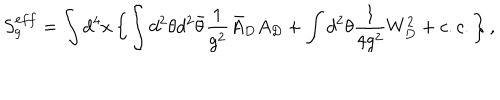
S _ { g } ^ { e f f } = \int d ^ { 4 } x \left\{ \int d ^ { 2 } \theta d ^ { 2 } \bar { \theta } \frac 1 { g ^ { 2 } } \bar { A } _ { D } A _ { D } + \int d ^ { 2 } \theta \frac 1 { 4 g ^ { 2 } } W _ { D } ^ { 2 } + c . c . \right\} ,